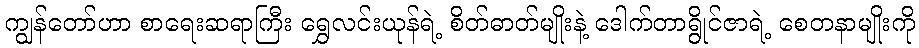
ကျွန်တော်ဟာ စာရေးဆရာကြီး ရွှေလင်းယုန်ရဲ့ စိတ်ဓာတ်မျိုးနဲ့ ဒေါက်တာရွိုင်ဇာရဲ့ စေတနာမျိုးကို